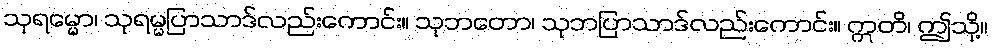
သုရမ္မော၊ သုရမ္မပြာသာဒ်လည်းကောင်း။ သုဘတော၊ သုဘပြာသာဒ်လည်းကောင်း။ ဣတိ၊ ဤသို့။